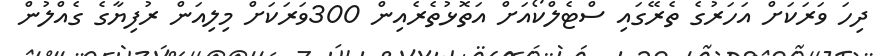
ދިހަ ވަރަކަށް އަހަރުގެ ތެރޭގައި ސްޓެލްކޯއަށް އަތޮޅުތެރެއިން 300ވަރަކަށް މިލިއަން ރުފިޔާގެ ގެއްލުން